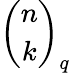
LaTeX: {\binom{n}{k}}_{q}